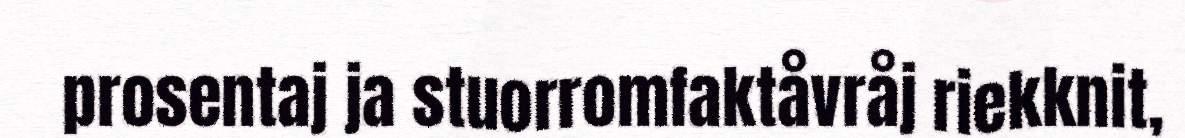
prosentaj ja stuorromfaktåvråj riekknit,